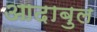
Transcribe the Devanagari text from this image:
आदाबुल